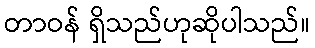
တာဝန် ရှိသည်ဟုဆိုပါသည်။